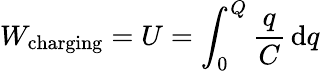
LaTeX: W_{\mathrm{charging}}=U=\int_{0}^{Q}{\frac{q}{C}}\, \mathrm{d}q